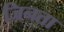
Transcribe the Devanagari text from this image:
जिनता